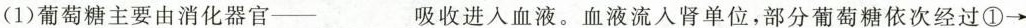
(1)葡萄糖主要由消化器官—___吸收进入血液。血液流入肾单位，部分葡萄糖依次经过①\rightarrow